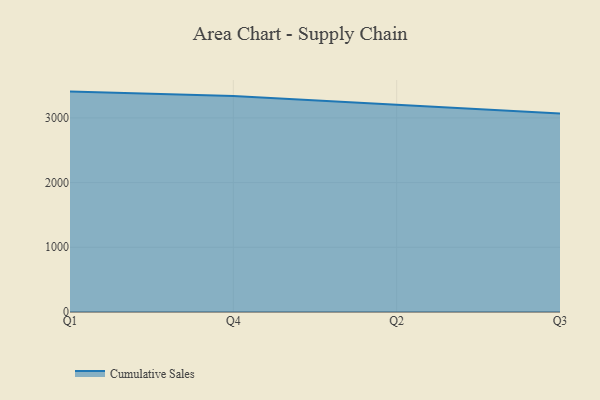
{"axis": {"x": "Quarter", "y": "Inventory Turnover"}, "legend": ["Cumulative Sales"], "data": [{"x": "Q1", "y": 3406.1, "type": "Cumulative Sales"}, {"x": "Q4", "y": 3338.4, "type": "Cumulative Sales"}, {"x": "Q2", "y": 3201.1, "type": "Cumulative Sales"}, {"x": "Q3", "y": 3068.3, "type": "Cumulative Sales"}]}